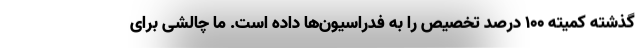
گذشته کمیته ۱۰۰ درصد تخصیص را به فدراسیون‌ها داده است. ما چالشی برای